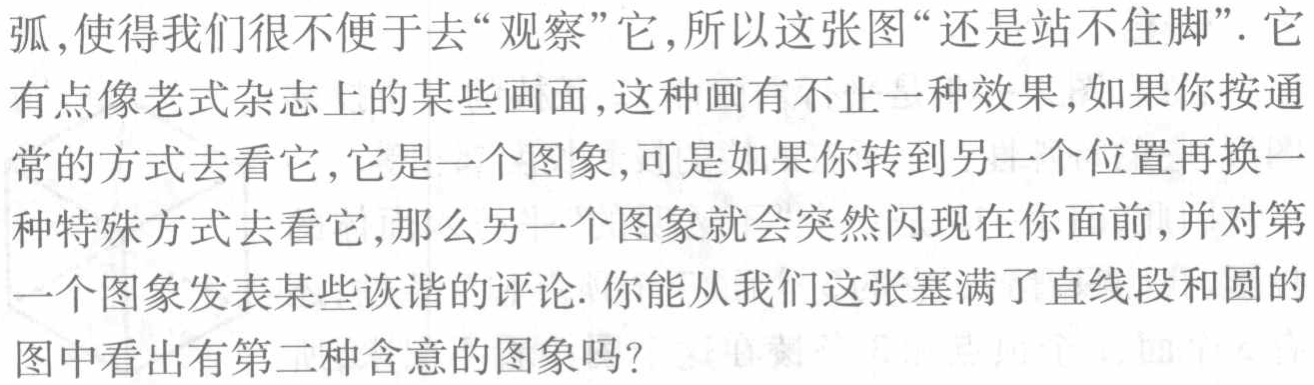
弧,使得我们很不便于去“观察”它,所以这张图“还是站不住脚”. 它有点像老式杂志上的某些画面,这种画有不止一种效果,如果你按通常的方式去看它,它是一个图象,可是如果你转到另一个位置再换一种特殊方式去看它,那么另一个图象就会突然闪现在你面前,并对第一个图象发表某些诙谐的评论. 你能从我们这张塞满了直线段和圆的图中看出有第二种含意的图象吗？